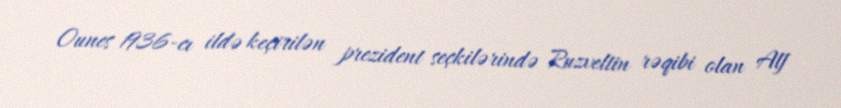
Ounes 1936-cı ildə keçirilən prezident seçkilərində Ruzveltin rəqibi olan Alf